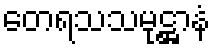
တေရသသမုဋ္ဌာနံ